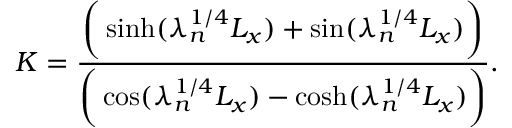
K = \frac { \bigg ( \sinh ( \lambda _ { n } ^ { 1 / 4 } L _ { x } ) + \sin ( \lambda _ { n } ^ { 1 / 4 } L _ { x } ) \bigg ) } { \bigg ( \cos ( \lambda _ { n } ^ { 1 / 4 } L _ { x } ) - \cosh ( \lambda _ { n } ^ { 1 / 4 } L _ { x } ) \bigg ) } .